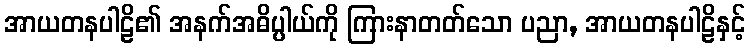
အာယတနပါဠိ၏ အနက်အဓိပ္ပါယ်ကို ကြားနာတတ်သော ပညာ, အာယတနပါဠိနှင့်